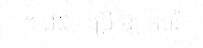
។ ៨៥ - ប្រើ ឱ្យ អប់រំ